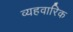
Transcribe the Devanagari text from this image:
व्यहवारिक